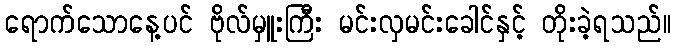
ရောက်သောနေ့ပင် ဗိုလ်မှူးကြီး မင်းလှမင်းခေါင်နှင့် တိုးခဲ့ရသည်။